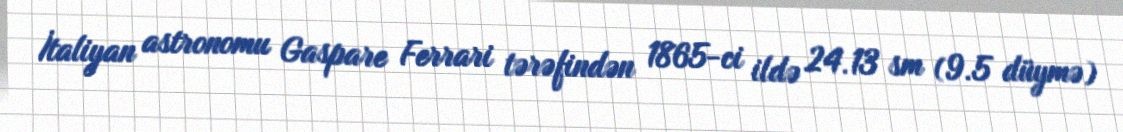
İtaliyan astronomu Gaspare Ferrari tərəfindən 1865-ci ildə 24.13 sm (9.5 düymə)